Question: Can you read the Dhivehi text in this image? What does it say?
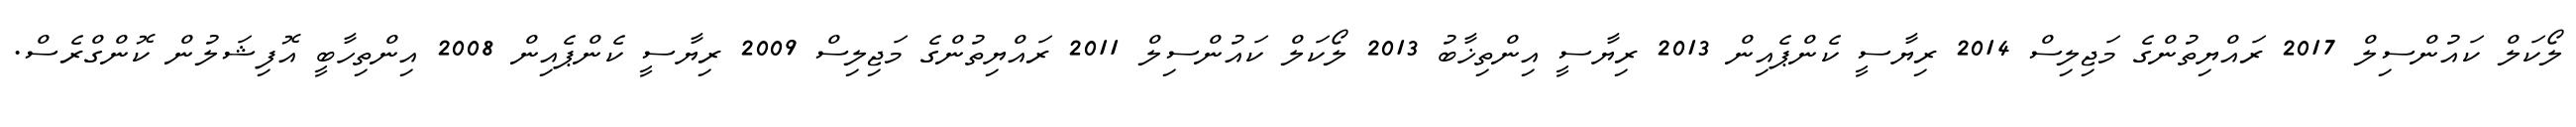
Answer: ލޯކަލް ކައުންސިލް 2017 ރައްޔިތުންގެ މަޖިލިސް 2014 ރިޔާސީ ކެންޕެއިން 2013 ރިޔާސީ އިންތިޚާބު 2013 ލޯކަލް ކައުންސިލް 2011 ރައްޔިތުންގެ މަޖިލިސް 2009 ރިޔާސީ ކެންޕެއިން 2008 އިންތިހާބީ އޮފިޝަލުން ކޮންގްރެސް.